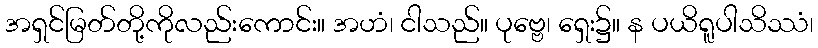
အရှင်မြတ်တို့ကိုလည်းကောင်း။ အဟံ၊ ငါသည်။ ပုဗ္ဗေ၊ ရှေး၌။ န ပယိရူပါသိဿံ၊